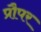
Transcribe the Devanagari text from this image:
प्रौपर